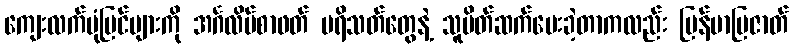
ကျေးလက်ပုံပြင်များကို အင်္ဂလိပ်စာဖတ် ပရိသတ်တွေနဲ့ သူမိတ်ဆက်ပေးခဲ့တာကလည်း မြန်မာပြဇာတ်